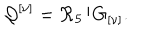
{ \cal Q } ^ { \left[ \nu \right] } = { \cal R } _ { 5 } / G _ { \left[ \nu \right] } .